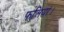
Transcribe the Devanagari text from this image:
फलियां।